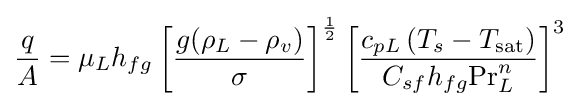
{\frac {q}{A}}=\mu _{L}h_{fg}\left[{\frac {g(\rho _{L}-\rho _{v})}{\sigma }}\right]^{\frac {1}{2}}\left[{\frac {c_{pL}\left(T_{s}-T_{\mathrm {sat} }\right)}{C_{sf}h_{fg}\mathrm {Pr} _{L}^{n}}}\right]^{3}